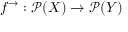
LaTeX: f ^ { \rightarrow } : { \mathcal { P } } ( X ) \rightarrow { \mathcal { P } } ( Y )